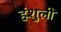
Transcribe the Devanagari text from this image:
हंशुली